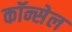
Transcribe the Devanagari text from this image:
कॉन्सेल